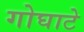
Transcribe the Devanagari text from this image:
गोघाटे